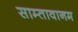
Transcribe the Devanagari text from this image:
साम्तावानम